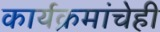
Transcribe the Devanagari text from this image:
कार्यक्रमांचेही